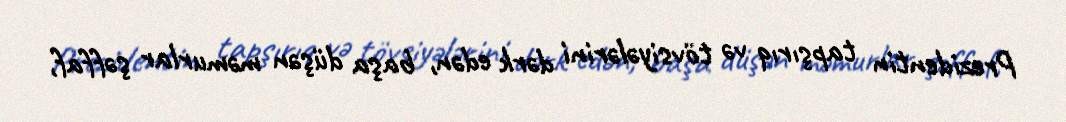
Prezidentin tapşırıq və tövsiyələrini dərk edən, başa düşən məmurlar şəffaf,